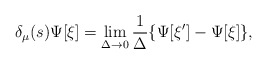
\begin{align*}\delta_\mu(s) \Psi[\xi] = \lim_{\Delta \rightarrow 0} \frac{1}{\Delta} \{\Psi[\xi'] - \Psi[\xi]\},\end{align*}